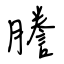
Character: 謄